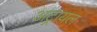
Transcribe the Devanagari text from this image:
अट्रायल